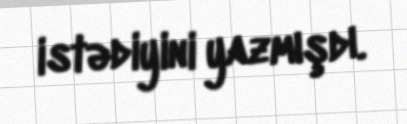
istədiyini yazmışdı.